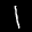
Label: 1